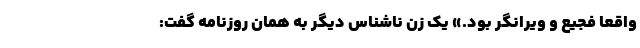
واقعاً فجیع و ویرانگر بود.» یک زن ناشناس دیگر به همان روزنامه گفت: